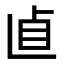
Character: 𠧡